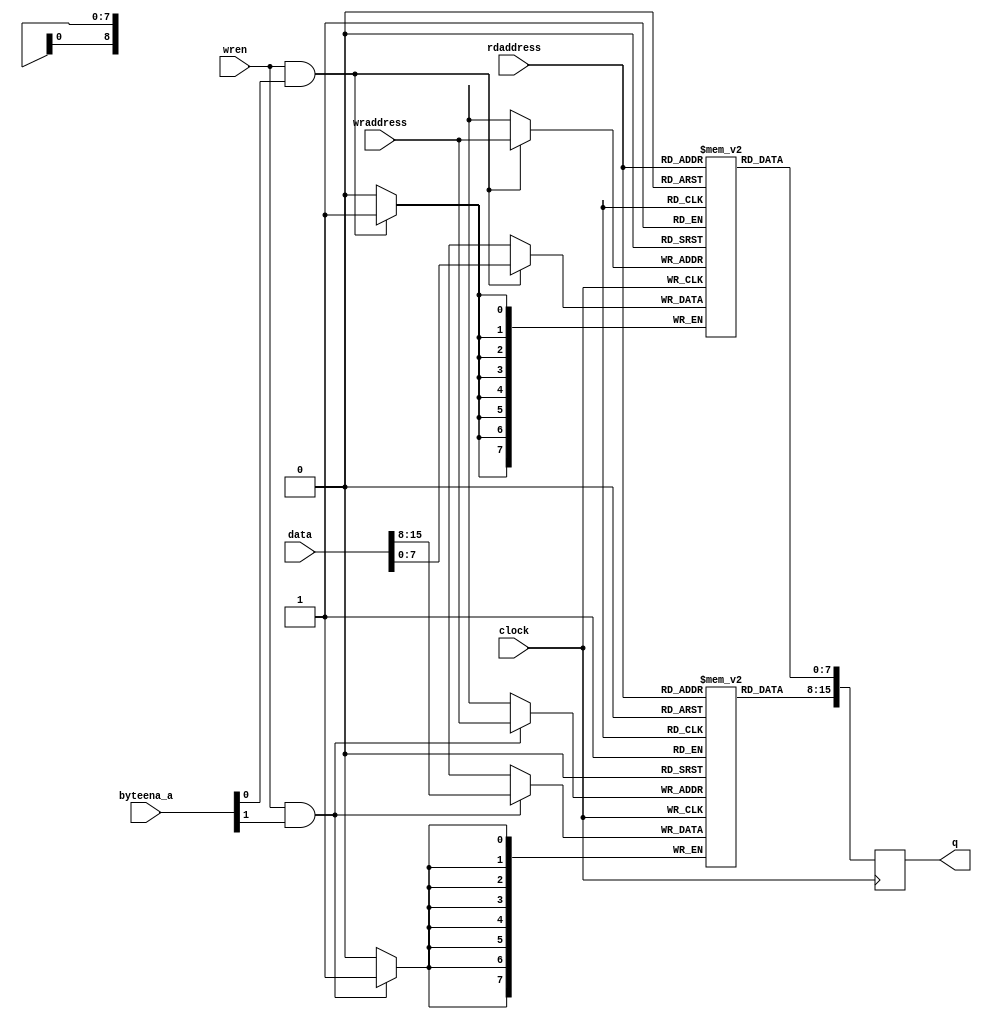
// This program was cloned from: https://github.com/rkrajnc/minimig-mist
// License: GNU General Public License v3.0

// tpram_inf_be_512x16.v
// 2013, rok.krajnc@gmail.com
// inferrable two-port memory with byte-enables

module tpram_inf_be_512x16 (
  input  wire           clock,
  input  wire [  9-1:0] wraddress,
  input  wire           wren,
  input  wire [  2-1:0] byteena_a,
  input  wire [ 16-1:0] data,
  input  wire [  9-1:0] rdaddress,
  output reg  [ 16-1:0] q
);

// memory
reg [8-1:0] mem0 [0:512-1];
reg [8-1:0] mem1 [0:512-1];

// read / write
always @ (posedge clock) begin
  if (wren && byteena_a[0]) mem0[wraddress] <= #1 data[ 8-1:0];
  if (wren && byteena_a[1]) mem1[wraddress] <= #1 data[16-1:8];
  q[ 8-1:0] <= #1 mem0[rdaddress];
  q[16-1:8] <= #1 mem1[rdaddress];
end

endmodule